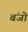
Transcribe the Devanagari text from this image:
बंजो